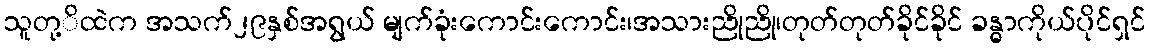
သူတု့ိထဲက အသက်၂၉နှစ်အရွယ် မျက်ခုံးကောင်းကောင်း၊အသားညိုညို၊တုတ်တုတ်ခိုင်ခိုင် ခန္ဓာကိုယ်ပိုင်ရှင်